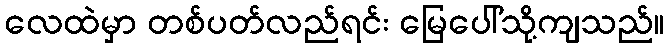
လေထဲမှာ တစ်ပတ်လည်ရင်း မြေပေါ်သို့ကျသည်။